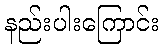
နည်းပါးကြောင်း